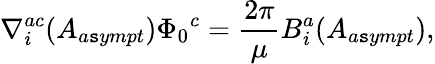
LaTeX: \nabla_{i}^{ac}(A_{a\mathtt{s}ympt}){\Phi_{0}}^{c}=\frac{{2\pi}}{{\mu}}B_{i}^{a}(A_{a\mathtt{s}ympt}),